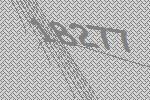
18277